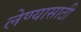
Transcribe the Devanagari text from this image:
लेण्यासाठी